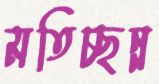
মতিচ্ছন্ন